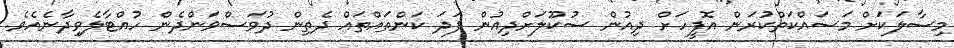
މިސާލަކަށް މަސައްކަތްކުރަން އޮފީހަށް ދިއުން ސުކޫލަށްދިއުން ފަދަ ކަންތައްތައް ދެތިން ދުވަސްވަންދެން ހުއްޓާލެވިދާނެއެވެ.